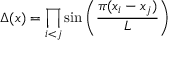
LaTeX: \Delta ( x ) = \prod _ { i < j } \sin \left( { \frac { \pi ( x _ { i } - x _ { j } ) } { L } } \right)